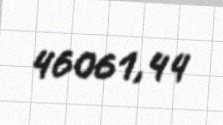
46061,44